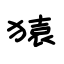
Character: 猿